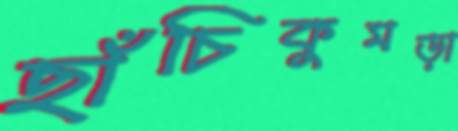
ছাঁচিকুমড়া